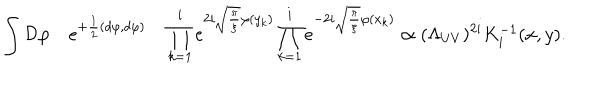
LaTeX: \int { \cal D } \varphi \quad e ^ { + { \frac { 1 } { 2 } } ( d \varphi , d \varphi ) } \quad \prod _ { k = 1 } ^ { i } e ^ { 2 i \sqrt { \frac { \pi } { \xi } } \varphi ( y _ { k } ) } \prod _ { k = 1 } ^ { i } e ^ { - 2 i \sqrt { \frac { \pi } { \xi } } \varphi ( x _ { k } ) } \propto ( \Lambda _ { U V } ) ^ { 2 i } K _ { i } ^ { - 1 } ( x , y ) .